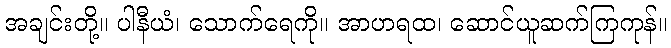
အချင်းတို့။ ပါနီယံ၊ သောက်ရေကို။ အာဟရထ၊ ဆောင်ယူဆက်ကြကုန်။